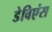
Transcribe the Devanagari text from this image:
डेविएंस